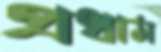
প্রধাম